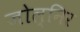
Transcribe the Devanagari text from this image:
जोल्निर